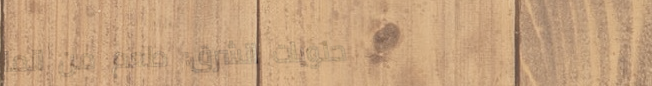
حلويات الشرق: طعم من الما